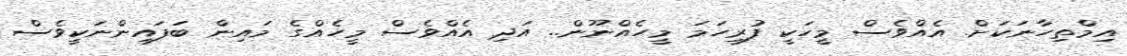
އިމްތިހާނަކަށް. އެއްވެސް މީހަކީ ފުރިހަމަ މީހެއްނޫން.. އަދި އެއްވެސް މީހެއްގެ މައިން ބަފައިންނަކީވެސް